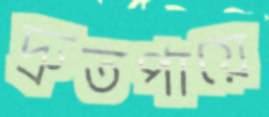
দ্রুতপায়ে